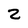
Character: Z